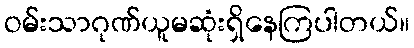
ဝမ်းသာဂုဏ်ယူမဆုံးရှိနေကြပါတယ်။